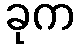
ခုက